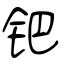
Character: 钯